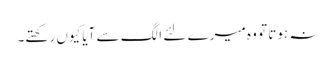
نہ ہوتا تو وہ میرے لئے الگ سے آیا کیوں رکھتے۔